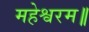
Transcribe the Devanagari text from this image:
महेश्वरम॥